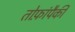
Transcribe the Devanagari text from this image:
तोफ़ांपैकी